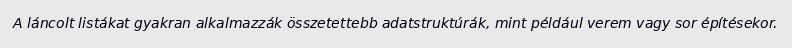
A láncolt listákat gyakran alkalmazzák összetettebb adatstruktúrák, mint például verem vagy sor építésekor.